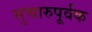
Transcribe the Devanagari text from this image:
सुचारुपूर्वक